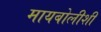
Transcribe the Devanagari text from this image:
मायबोलीशी